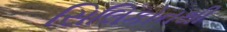
સિલિકોનથી